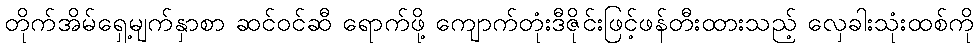
တိုက်အိမ်ရှေ့မျက်နှာစာ ဆင်ဝင်ဆီ ရောက်ဖို့ ကျောက်တုံးဒီဇိုင်းဖြင့်ဖန်တီးထားသည့် လှေခါးသုံးထစ်ကို